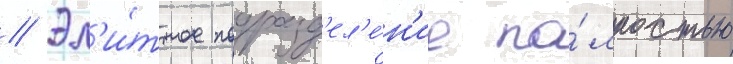
// Эл'и́тное подразд'ел'е́н'ие по́лностью